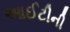
આઈટીની